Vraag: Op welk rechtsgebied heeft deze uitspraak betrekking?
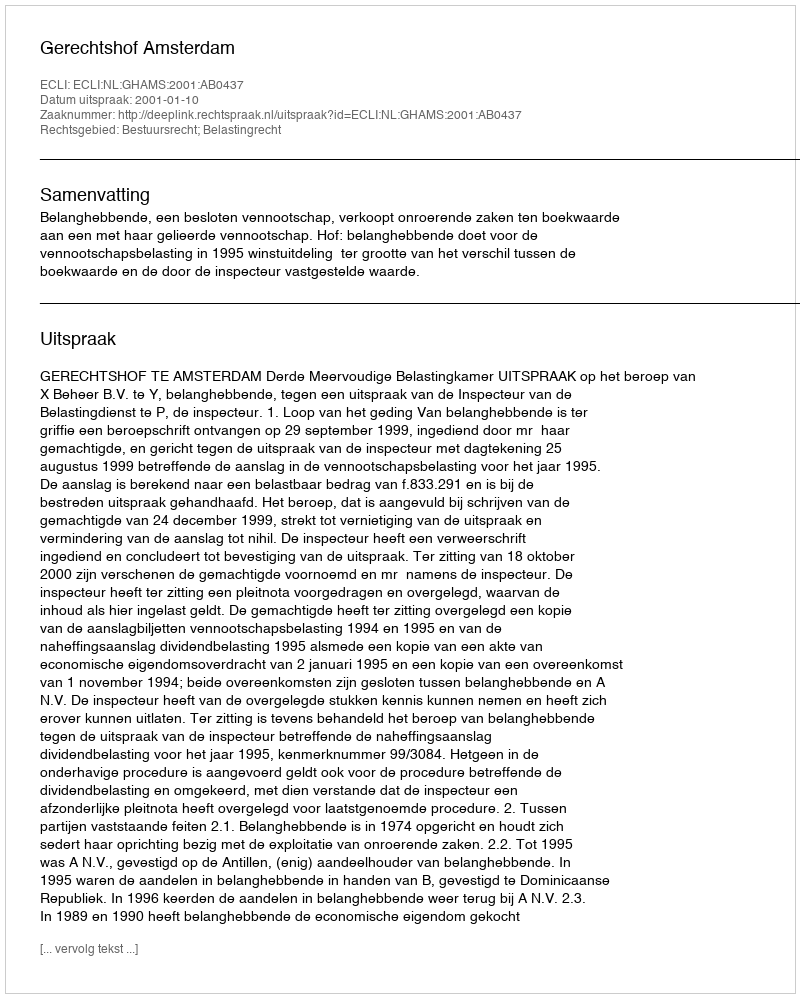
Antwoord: Bestuursrecht; Belastingrecht